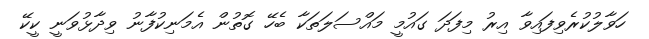
ހަވާލުކުރެވިފައިވާ އިރު މިފަދަ ގައުމީ މައްސަލަތަކާ ބެހޭ ގޮތުން އެމަނިކުފާނު ވިދާޅުވަނީ ކީކޭ